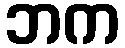
ဘက